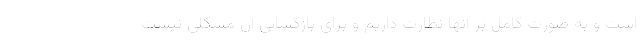
است و به صورت کامل بر آنها نظارت داریم و برای بازگشایی آن مشکلی نیست